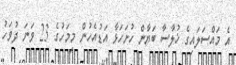
އެ މައްސަލައިގެ ޚުލާސާ ބަޔާން ހުށަހަޅާ އަޑުއެހުން މިމަހުގެ 23 ވަނަ ދުވަހު